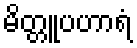
မိတ္တူပဟာရံ